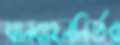
যানবাহননির্ভর